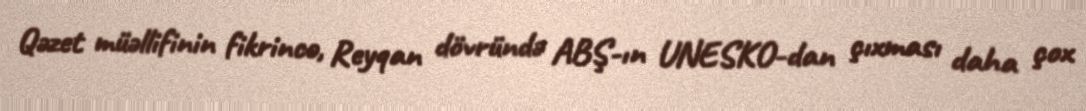
Qəzet müəllifinin fikrincə, Reyqan dövründə ABŞ-ın UNESKO-dan çıxması daha çox